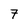
Character: 7